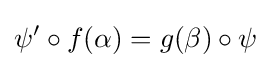
\psi '\circ f(\alpha )=g(\beta )\circ \psi